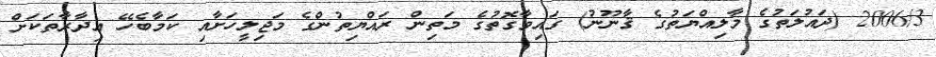
2006/3 (ދައުލަތުގެ މާލިއްޔަތުގެ ޤާނޫނު) ގައިވާގޮތުގެ މަތިން ރައްޔިތުންގެ މަޖިލީހަށާއި ކަމާބެހޭ އިދާރާތަކަށް